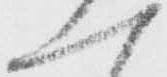
一